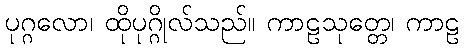
ပုဂ္ဂလော၊ ထိုပုဂ္ဂိုလ်သည်။ ကာဠသုတ္တေ၊ ကာဠ